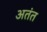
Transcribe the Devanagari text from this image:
अतंत